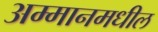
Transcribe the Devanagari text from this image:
अम्मानमधील